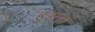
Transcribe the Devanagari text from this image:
हुइला